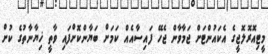
މީޓިއޮރޮލޮޖީގެ އެކައުންޓަށް ޖަމާވާން ޖެހޭ ފައިސާއެއް ކަމަށް ބަޔާންކޮށްފައި ވާތީ ޚިޔާނާތުގެ ކުށް